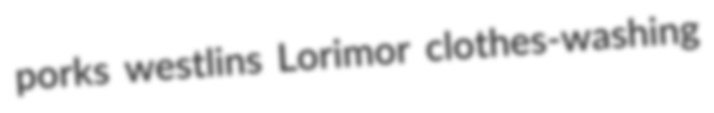
porks westlins Lorimor clothes-washing